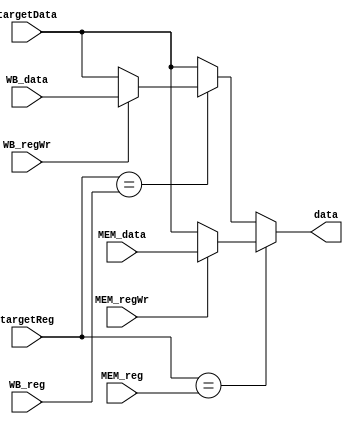
`timescale 1 ns / 1 ps
module forwarding (
	input[4:0] targetReg,
	input[31:0] targetData,
	input[4:0] MEM_reg,
	input[31:0] MEM_data,
	input      MEM_regWr,
	input[4:0] WB_reg,
	input[31:0] WB_data,
	input       WB_regWr,
	output reg[31:0] data
);

always @(targetData or targetReg or MEM_reg or MEM_data or WB_reg or WB_data or MEM_regWr or WB_regWr) begin
	case(targetReg)
		MEM_reg: begin
			if(MEM_regWr==1'b1)
				data=MEM_data;
			else
				data=targetData; 
		end
		WB_reg: begin
			if(WB_regWr==1'b1)
				data=WB_data;
			else
				data=targetData;
		end
		default: data=targetData;
	endcase // targetReg
end

endmodule